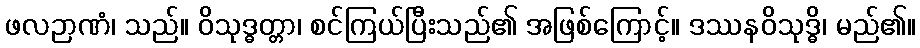
ဖလဉာဏံ၊ သည်။ ဝိသုဒ္ဓတ္တာ၊ စင်ကြယ်ပြီးသည်၏ အဖြစ်ကြောင့်။ ဒဿနဝိသုဒ္ဓိ၊ မည်၏။